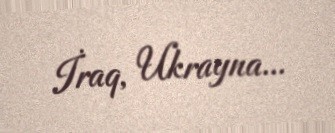
İraq, Ukrayna...